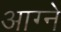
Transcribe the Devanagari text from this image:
आग्ने